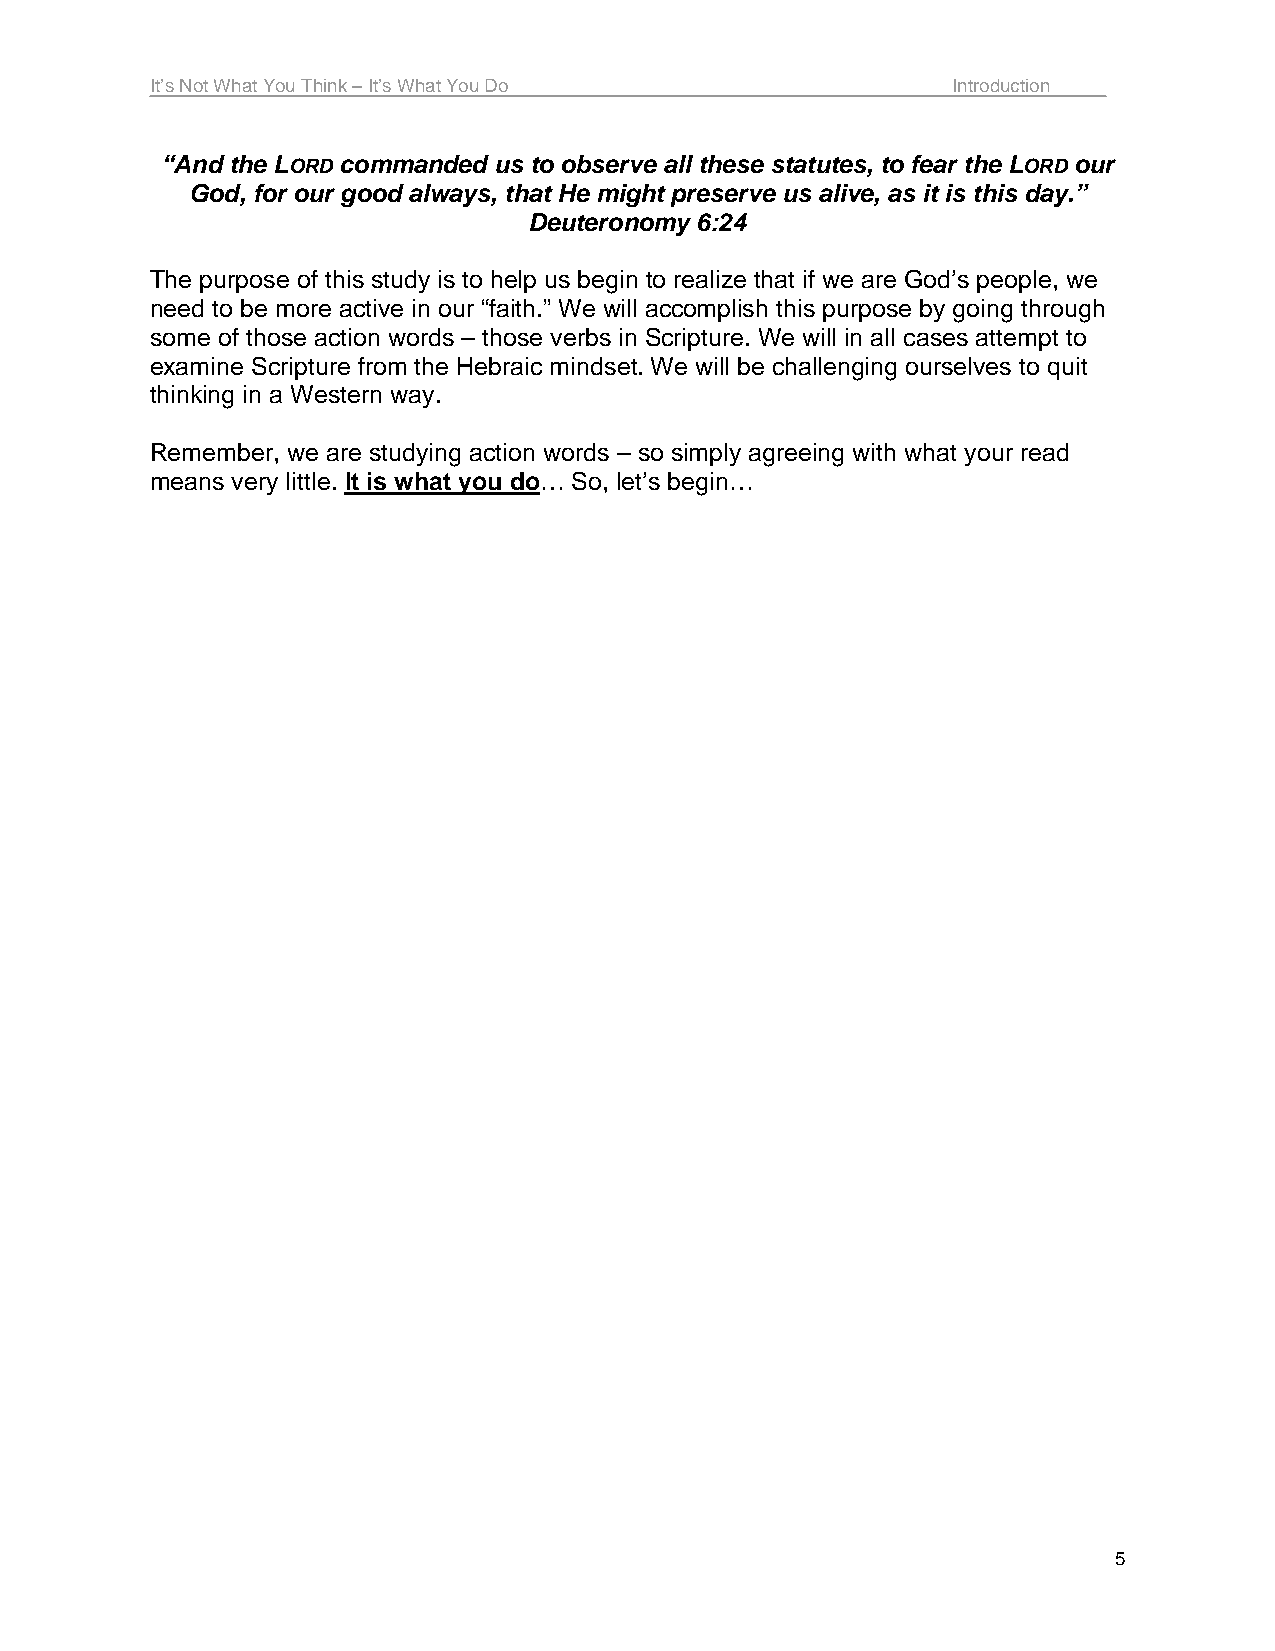
It’s Not What You Think – It’s What You Do           Introduction
 “And the LORD commanded us to observe all these statutes, to fear the LORD our
 God, for our good always, that He might preserve us alive, as it is this day.”
 Deuteronomy 6:24
 The purpose of this study is to help us begin to realize that if we are God’s people, we
 need to be more active in our “faith.” We will accomplish this purpose by going through
 some of those action words – those verbs in Scripture. We will in all cases attempt to
 examine Scripture from the Hebraic mindset. We will be challenging ourselves to quit
 thinking in a Western way.
 Remember, we are studying action words – so simply agreeing with what your read
 means very little. It is what you do… So, let’s begin…
 5